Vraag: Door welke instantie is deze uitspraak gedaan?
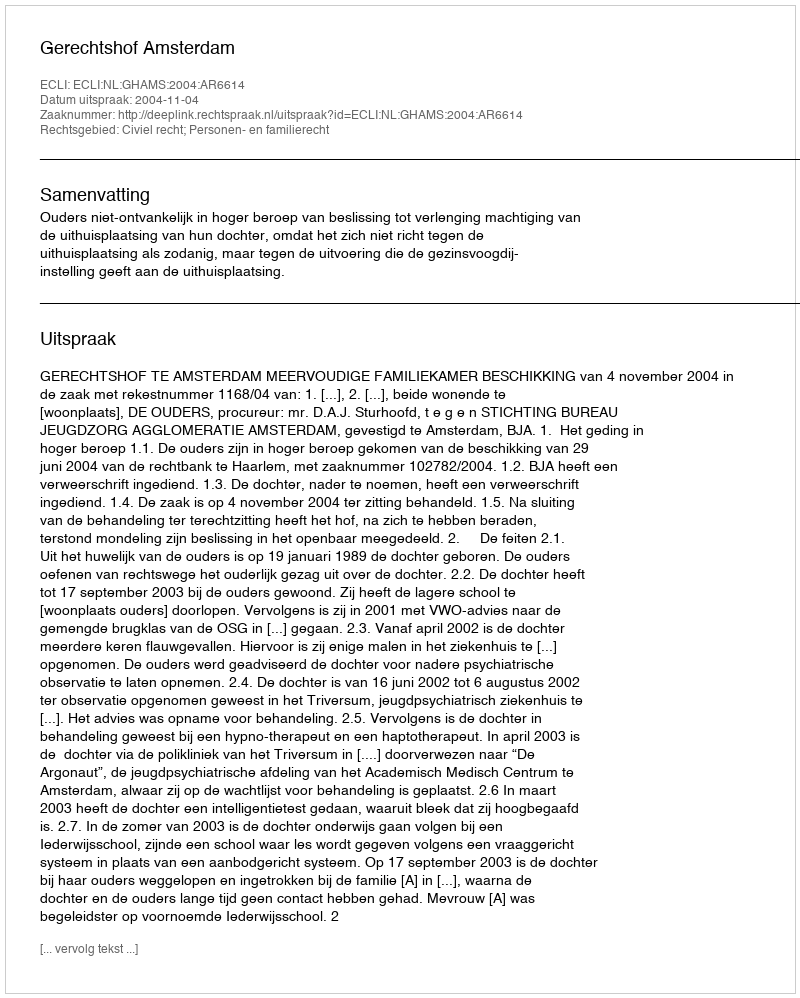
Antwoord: Gerechtshof Amsterdam